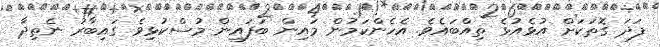
ފަދަ ގޮތަކަށް އުޅެއުޅެ ތިއްބައެވެ. އެހެންކަމުން މައިން ބަފައިން މުސްކުޅިވެ ގައިބާރު ނެތިދާ